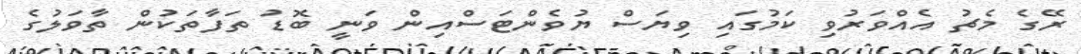
ރޭގެ މެޗު އެއްވަރުވި ކަމުގައި ވިޔަސް ޔުވެންޓަސްއިން ވަނީ ބޮޑު ތަފާތަކުން ތާވަލުގެ